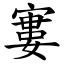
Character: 寠